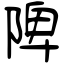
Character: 陴